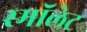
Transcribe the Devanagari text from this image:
स्मॉलेट